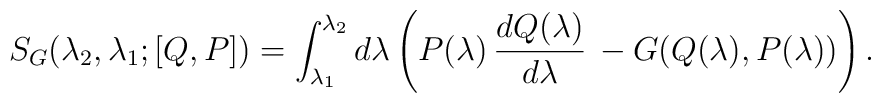
S_G(\lambda_2,\lambda_1;[Q, P]) =\int_{\lambda_1}^{\lambda_2}d\lambda\left (P(\lambda)\,{dQ(\lambda)\over d\lambda}\,- G(Q(\lambda), P(\lambda))\right ).